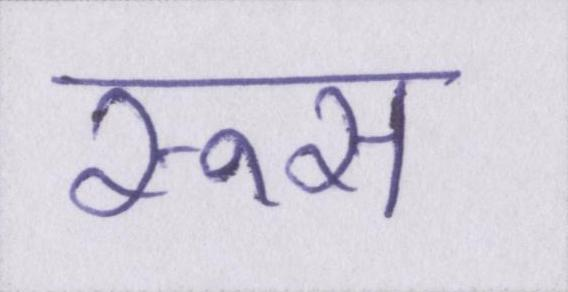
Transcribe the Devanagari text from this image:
रूस